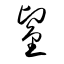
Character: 鋻